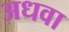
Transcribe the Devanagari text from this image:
अधवा